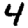
Digit: 4